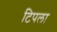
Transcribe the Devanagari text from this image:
टिपला